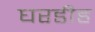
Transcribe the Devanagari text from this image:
घरडीह